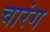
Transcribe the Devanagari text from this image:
चारंग